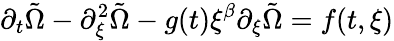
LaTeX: \partial_{t}\tilde{\Omega}-\partial_{\xi}^{2}\tilde{\Omega}-g(t)\xi^{\beta}\partial_{\xi}\tilde{\Omega}=f(t,\xi)